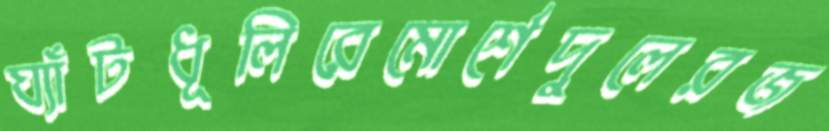
ঘ্যাঁটধূলিরেমোর্শেদুলেরজ